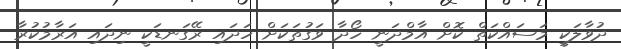
ދުވާލަކީ މަސައްކަތް ކޮށް އާމްދަނީ ހޯދާ ވަގުތަކަށް ހަދައި ރޭގަނޑަކީ ނިދައި އަރާމުކުރާ